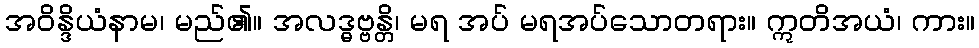
အဝိန္ဒိယံနာမ၊ မည်၏။ အလဒ္ဓဗ္ဗန္တိ၊ မရ အပ် မရအပ်သောတရား။ ဣတိအယံ၊ ကား။